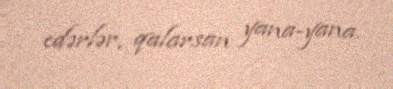
edərlər, qalarsan yana-yana.